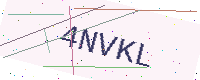
Text: 4NVKL